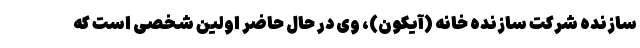
سازنده شرکت سازنده خانه (آیکون)، وی در حال حاضر اولین شخصی است که